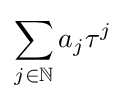
\sum _{j\in \mathbb {N} }a_{j}\tau ^{j}